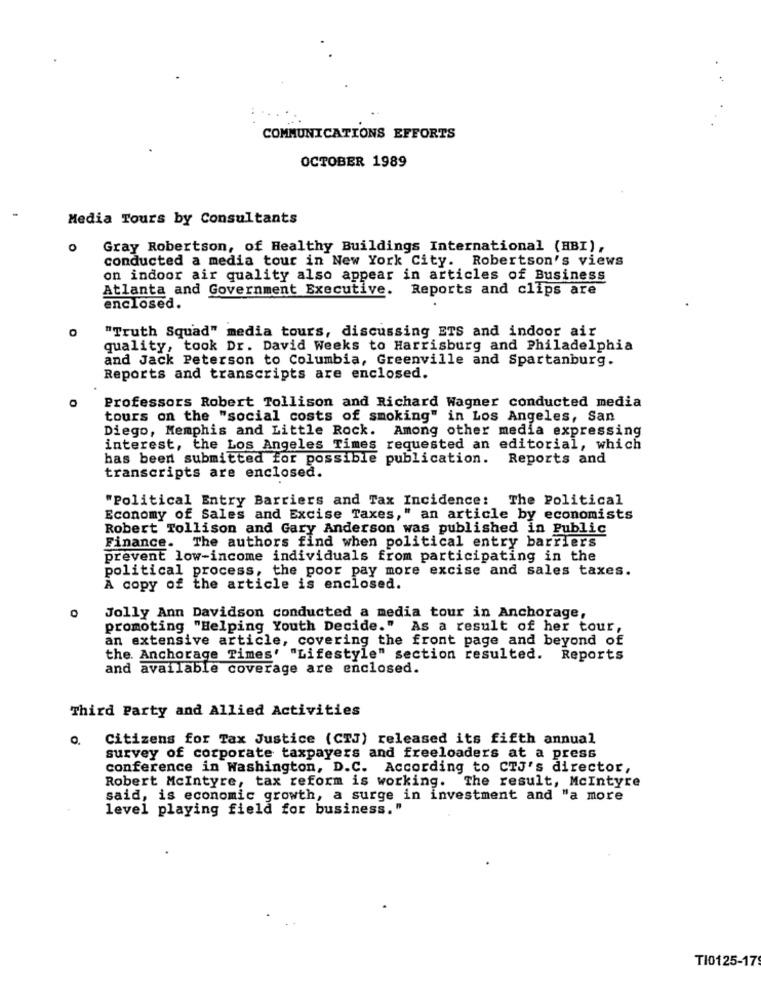
COMMUNICATIONS EFFORTS
OCTOBER 1989
Media Tours by Consultants
Gray Robertson, of Healthy Buildings International (HBI),
conducted a media tour in New York City. Robertson's views
on indoor air quality also appear in articles of Business
Atlanta and Government Executive. Reports and clips are
enclosed.
"Truth Squad" media tours, discussing ETS and indoor air
quality, took Dr. David Weeks to Harrisburg and Philadelphia
and Jack Peterson to Columbia, Greenville and Spartanburg.
Reports and transcripts are enclosed.
Professors Robert Tollison and Richard Wagner conducted media
tours on the "social costs of smoking" in Los Angeles, San
Diego, Memphis and Little Rock. Among other media expressing
interest, the Los Angeles Times requested an editorial, which
has been submitted for possible publication.
Reports and
transcripts are enclosed.
"Political Entry Barriers and Tax Incidence: The Political
Economy of Sales and Excise Taxes," an article by economists
Robert Tollison and Gary Anderson was published in Public
Finance. The authors find when political entry barriers
prevent low-income individuals from participating in the
political process, the poor pay more excise and sales taxes.
A copy of the article is enclosed.
Jolly Ann Davidson conducted a media tour in Anchorage,
promoting "Helping Youth Decide." As a result of her tour,
an extensive article, covering the front page and beyond of
the. Anchorage Times' "Lifestyle" section resulted. Reports
and available coverage are enclosed.
Third Party and Allied Activities
0.
Citizens for Tax Justice (CIJ) released its fifth annual
survey of corporate taxpayers and freeloaders at a press
conference in Washington, D.C. According to CTJ's director,
Robert Mcintyre, tax reform is working. The result, McIntyre
said, is economic growth, a surge in investment and "a more
level playing field for business."
TI0125-17